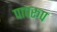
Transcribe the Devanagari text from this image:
पापरूप